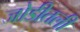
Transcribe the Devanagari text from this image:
जोडीतली